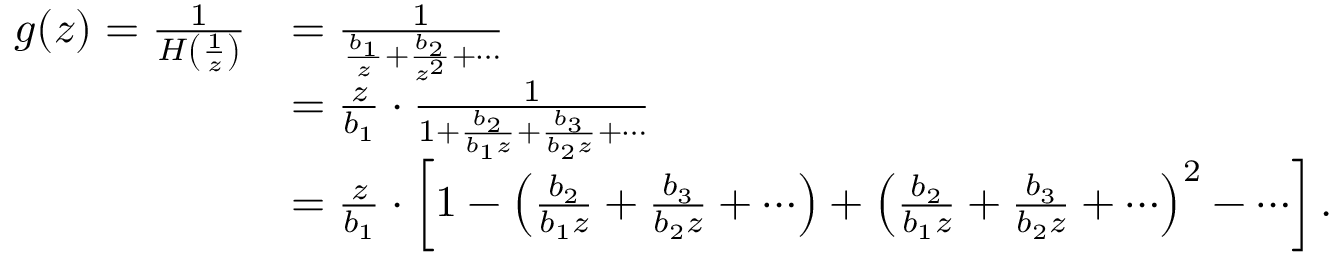
\begin{array} { r l } { g ( z ) = \frac { 1 } { H \left( \frac { 1 } { z } \right) } } & { = \frac { 1 } { \frac { b _ { 1 } } { z } + \frac { b _ { 2 } } { z ^ { 2 } } + \cdots } } \\ & { = \frac { z } { b _ { 1 } } \cdot \frac { 1 } { 1 + \frac { b _ { 2 } } { b _ { 1 } z } + \frac { b _ { 3 } } { b _ { 2 } z } + \cdots } } \\ & { = \frac { z } { b _ { 1 } } \cdot \left[ 1 - \left( \frac { b _ { 2 } } { b _ { 1 } z } + \frac { b _ { 3 } } { b _ { 2 } z } + \cdots \right) + \left( \frac { b _ { 2 } } { b _ { 1 } z } + \frac { b _ { 3 } } { b _ { 2 } z } + \cdots \right) ^ { 2 } - \cdots \right] . } \end{array}